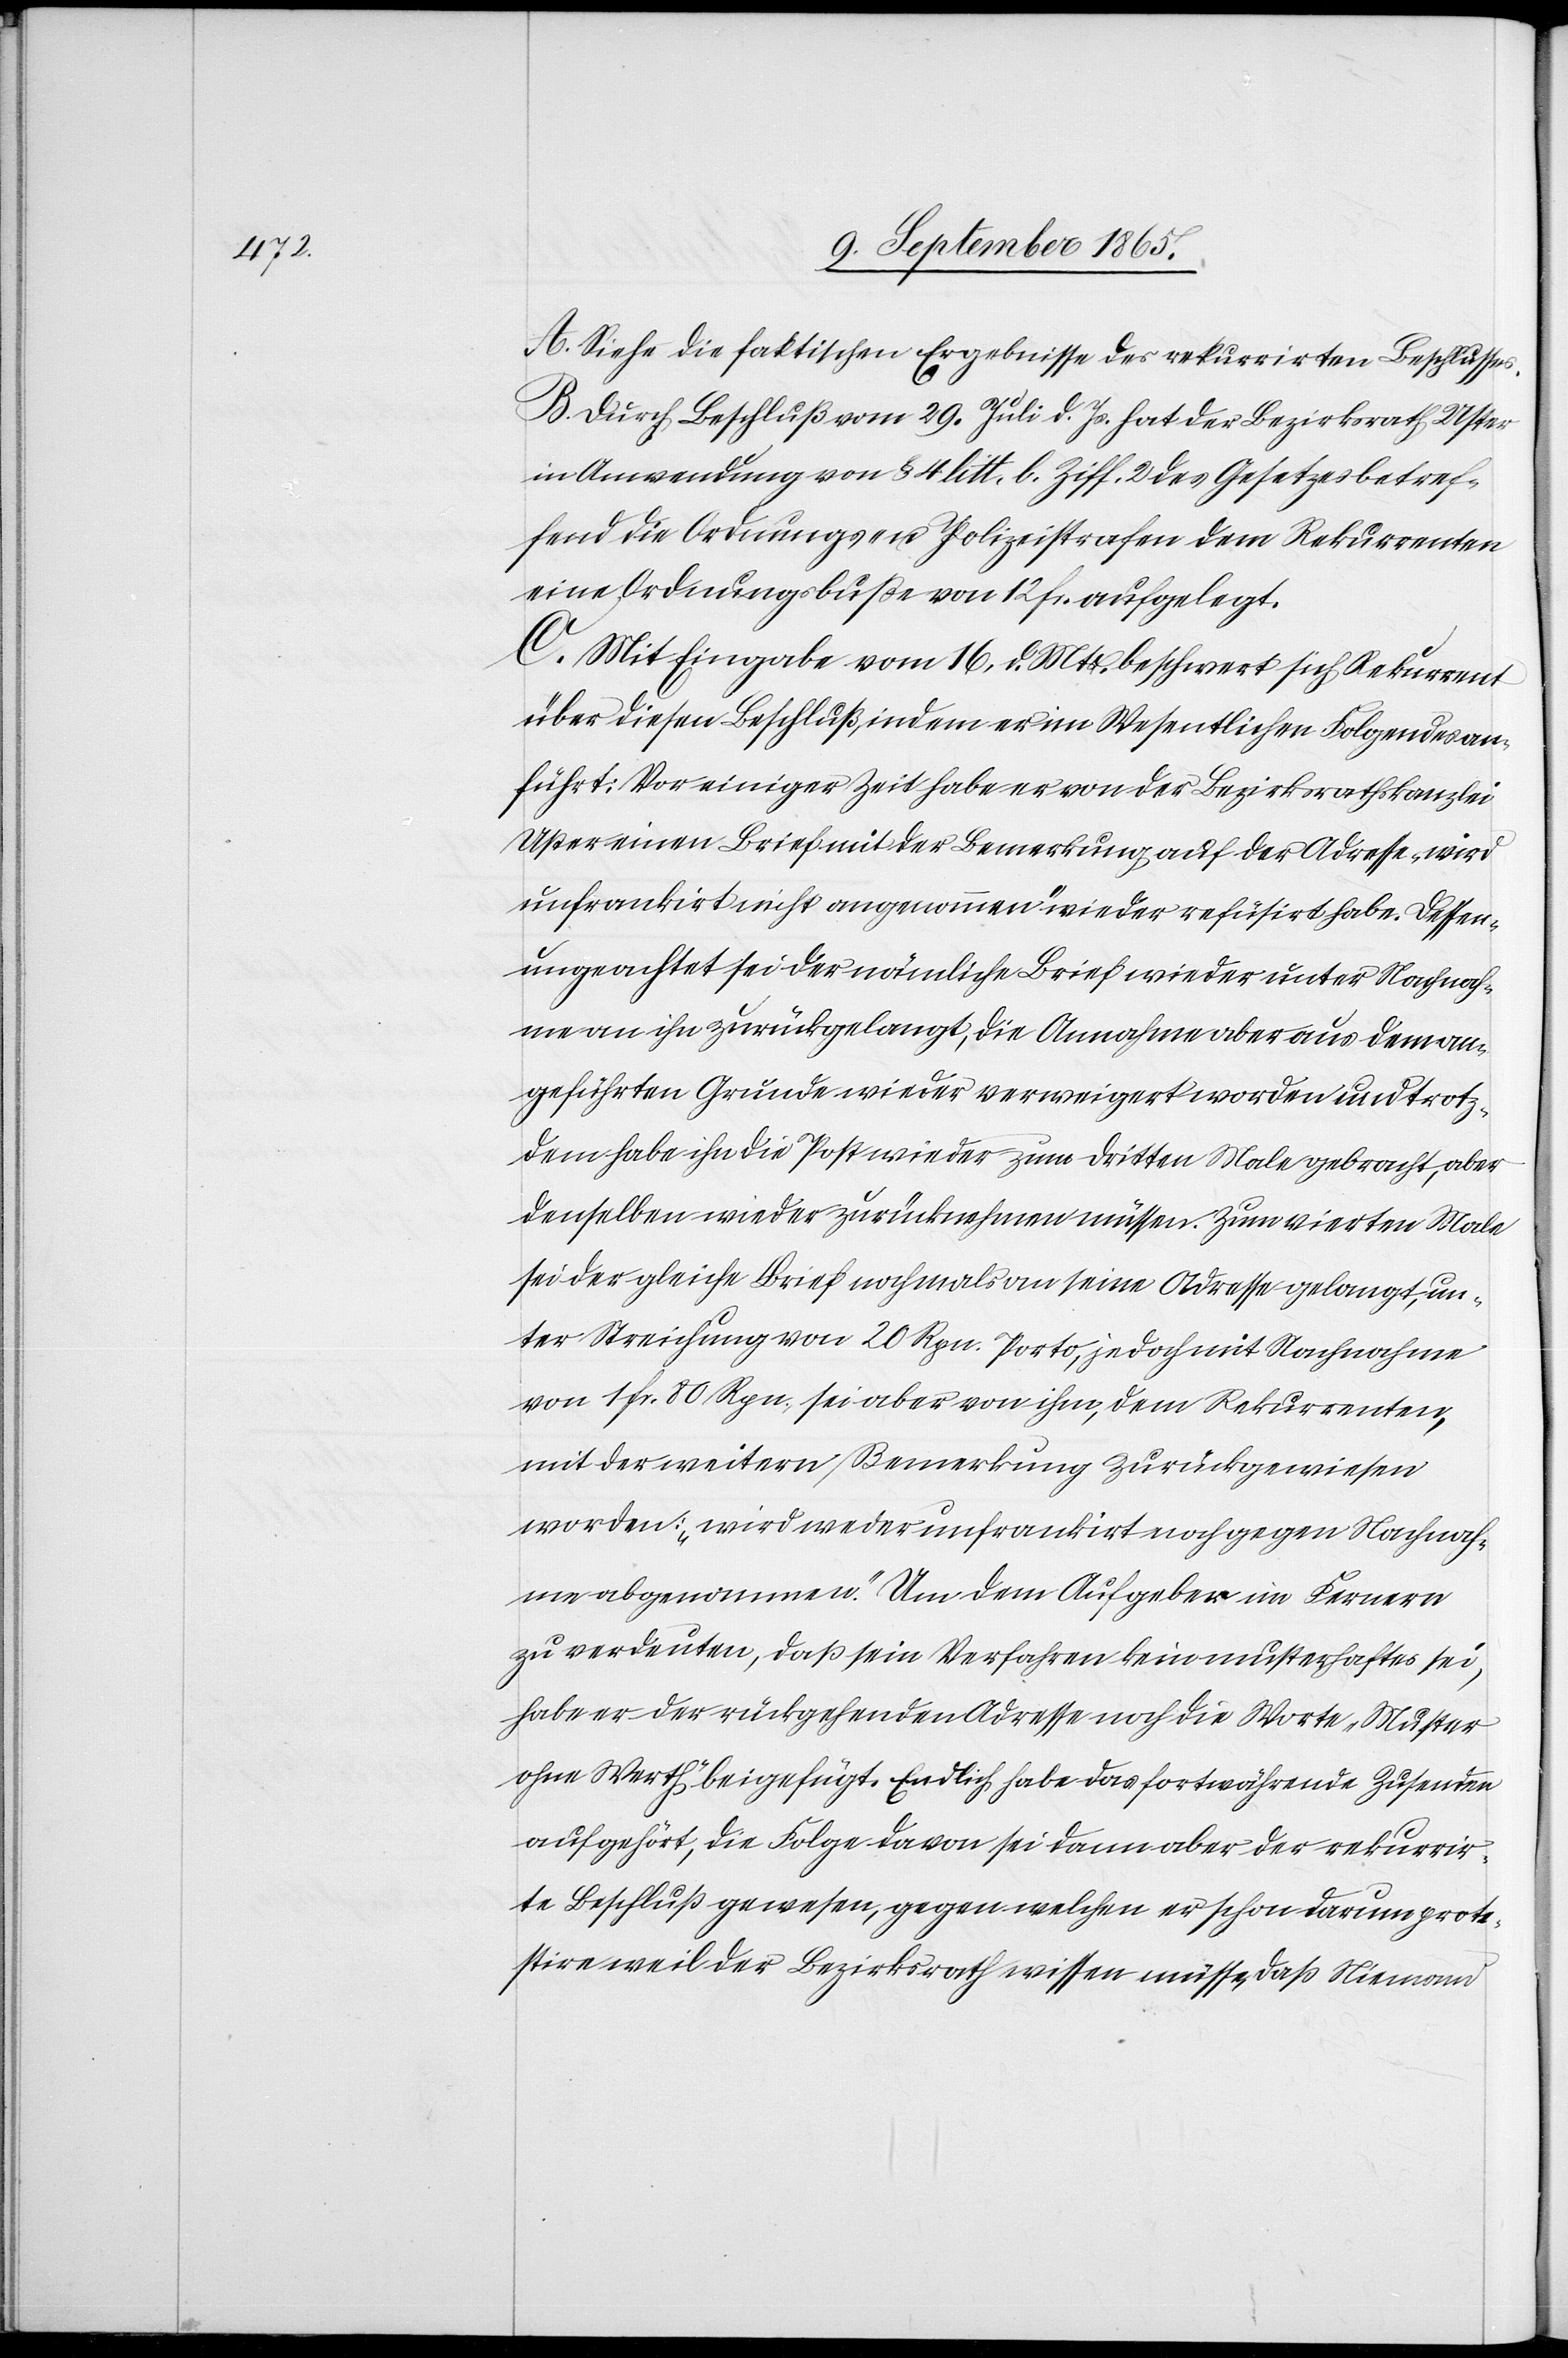
Dessen¬

A. Siehe die faktischen Ergebnisse des rekurrirten Beschlusses.
B. Durch Beschluß vom 29. Juli d. Js. hat der Bezirksrath Uster
in Anwendung von § 4 litt. b. Ziff. 2 des Gesetzes betref¬
fend die Ordnungs- u. Polizeistrafen dem Rekurrenten
eine Ordnungsbuße von 12 fr. aufgelegt.
C. Mit Eingabe vom 16. d. Mts. beschwert sich Rekurrent
über diesen Beschluß, indem er im Wesentlichen Folgendes an¬
führt: Vor einiger Zeit habe er von der Bezirksrathskanzlei
Uster einen Brief mit der Bemerkung auf der Adresse „wird
unfrankirt nicht angenommen“ wieder refüsirt habe [sic!].
ungeachtet sei der nämliche Brief wieder unter Nachnah¬
me an ihn zurückgelangt, die Annahme aber aus dem an¬
geführten Grunde wieder verweigert worden und trotz¬
dem habe ihn die Post wieder zum dritten Male gebracht, aber
denselben wieder zurücknehmen müssen. Zum vierten Male
sei der gleiche Brief nochmals an seine Adresse gelangt, un¬
ter Streichung von 20 Rpn. Porto, jedoch mit Nachnahme
von 1 fr. 80 Rpn., sei aber von ihm, dem Rekurrenten,
mit der weitern Bemerkung zurückgewiesen
worden: „wird weder unfrankirt noch gegen Nachnah¬
me abgenommen.“ Um dem Aufgeber im Fernern
zu verdeuten, daß sein Verfahren kein musterhaftes sei,
habe er der rückgehenden Adresse noch die Worte „Muster
ohne Werth“ beigefügt. Endlich habe das fortwährende Zusenden
aufgehört, die Folge davon sei dann aber der rekurrir¬
te Beschluß gewesen, gegen welchen er schon darum prote¬
stire weil der Bezirksrath wissen müsse, daß Niemand